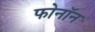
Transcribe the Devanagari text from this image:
फोनॉन